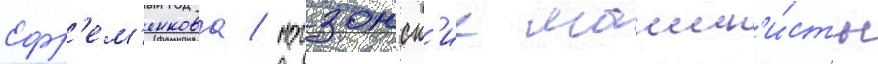
Ефр'ем'енкова / могзонск'ие машин'и́сты